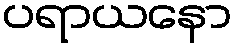
ပရာယနော